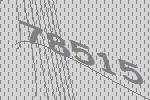
78515